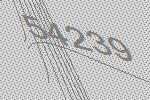
54239